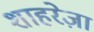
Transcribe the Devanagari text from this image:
शाहरेज़ा